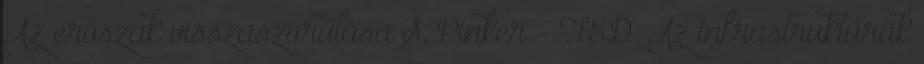
Az erőszak visszaszorulása S. Pinker - TED. Az infrastruktúrák